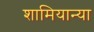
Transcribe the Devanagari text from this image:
शामियान्या